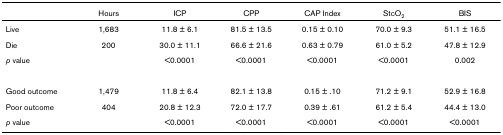
|  | Hours | ICP | CPP | CAP Index | StcO2 | BIS |
 | --- | --- | --- | --- | --- | --- | --- |
 | Live | 1,683 | 11.8 ± 6.1 | 81.5 ± 13.5 | 0.15 ± 0.10 | 70.0 ± 9.3 | 51.1 ± 16.5 |
 | Die | 200 | 30.0 ± 11.1 | 66.6 ± 21.6 | 0.63 ± 0.79 | 61.0 ± 5.2 | 47.8 ± 12.9 |
 | p value |  | <0.0001 | <0.0001 | <0.0001 | <0.0001 | 0.002 |
 | Good outcome | 1,479 | 11.8 ± 6.4 | 82.1 ± 13.8 | 0.15 ± .10 | 71.2 ± 9.1 | 52.9 ± 16.8 |
 | Poor outcome | 404 | 20.8 ± 12.3 | 72.0 ± 17.7 | 0.39 ± .61 | 61.2 ± 5.4 | 44.4 ± 13.0 |
 | p value |  | <0.0001 | <0.0001 | <0.0001 | <0.0001 | <0.0001 |